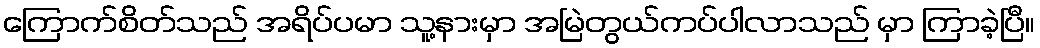
ကြောက်စိတ်သည် အရိပ်ပမာ သူ့နားမှာ အမြဲတွယ်ကပ်ပါလာသည် မှာ ကြာခဲ့ပြီ။